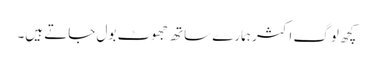
کچھ لوگ اکثر ہمارے ساتھ جھوٹ بول جاتے ہیں۔